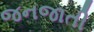
જનજાતી